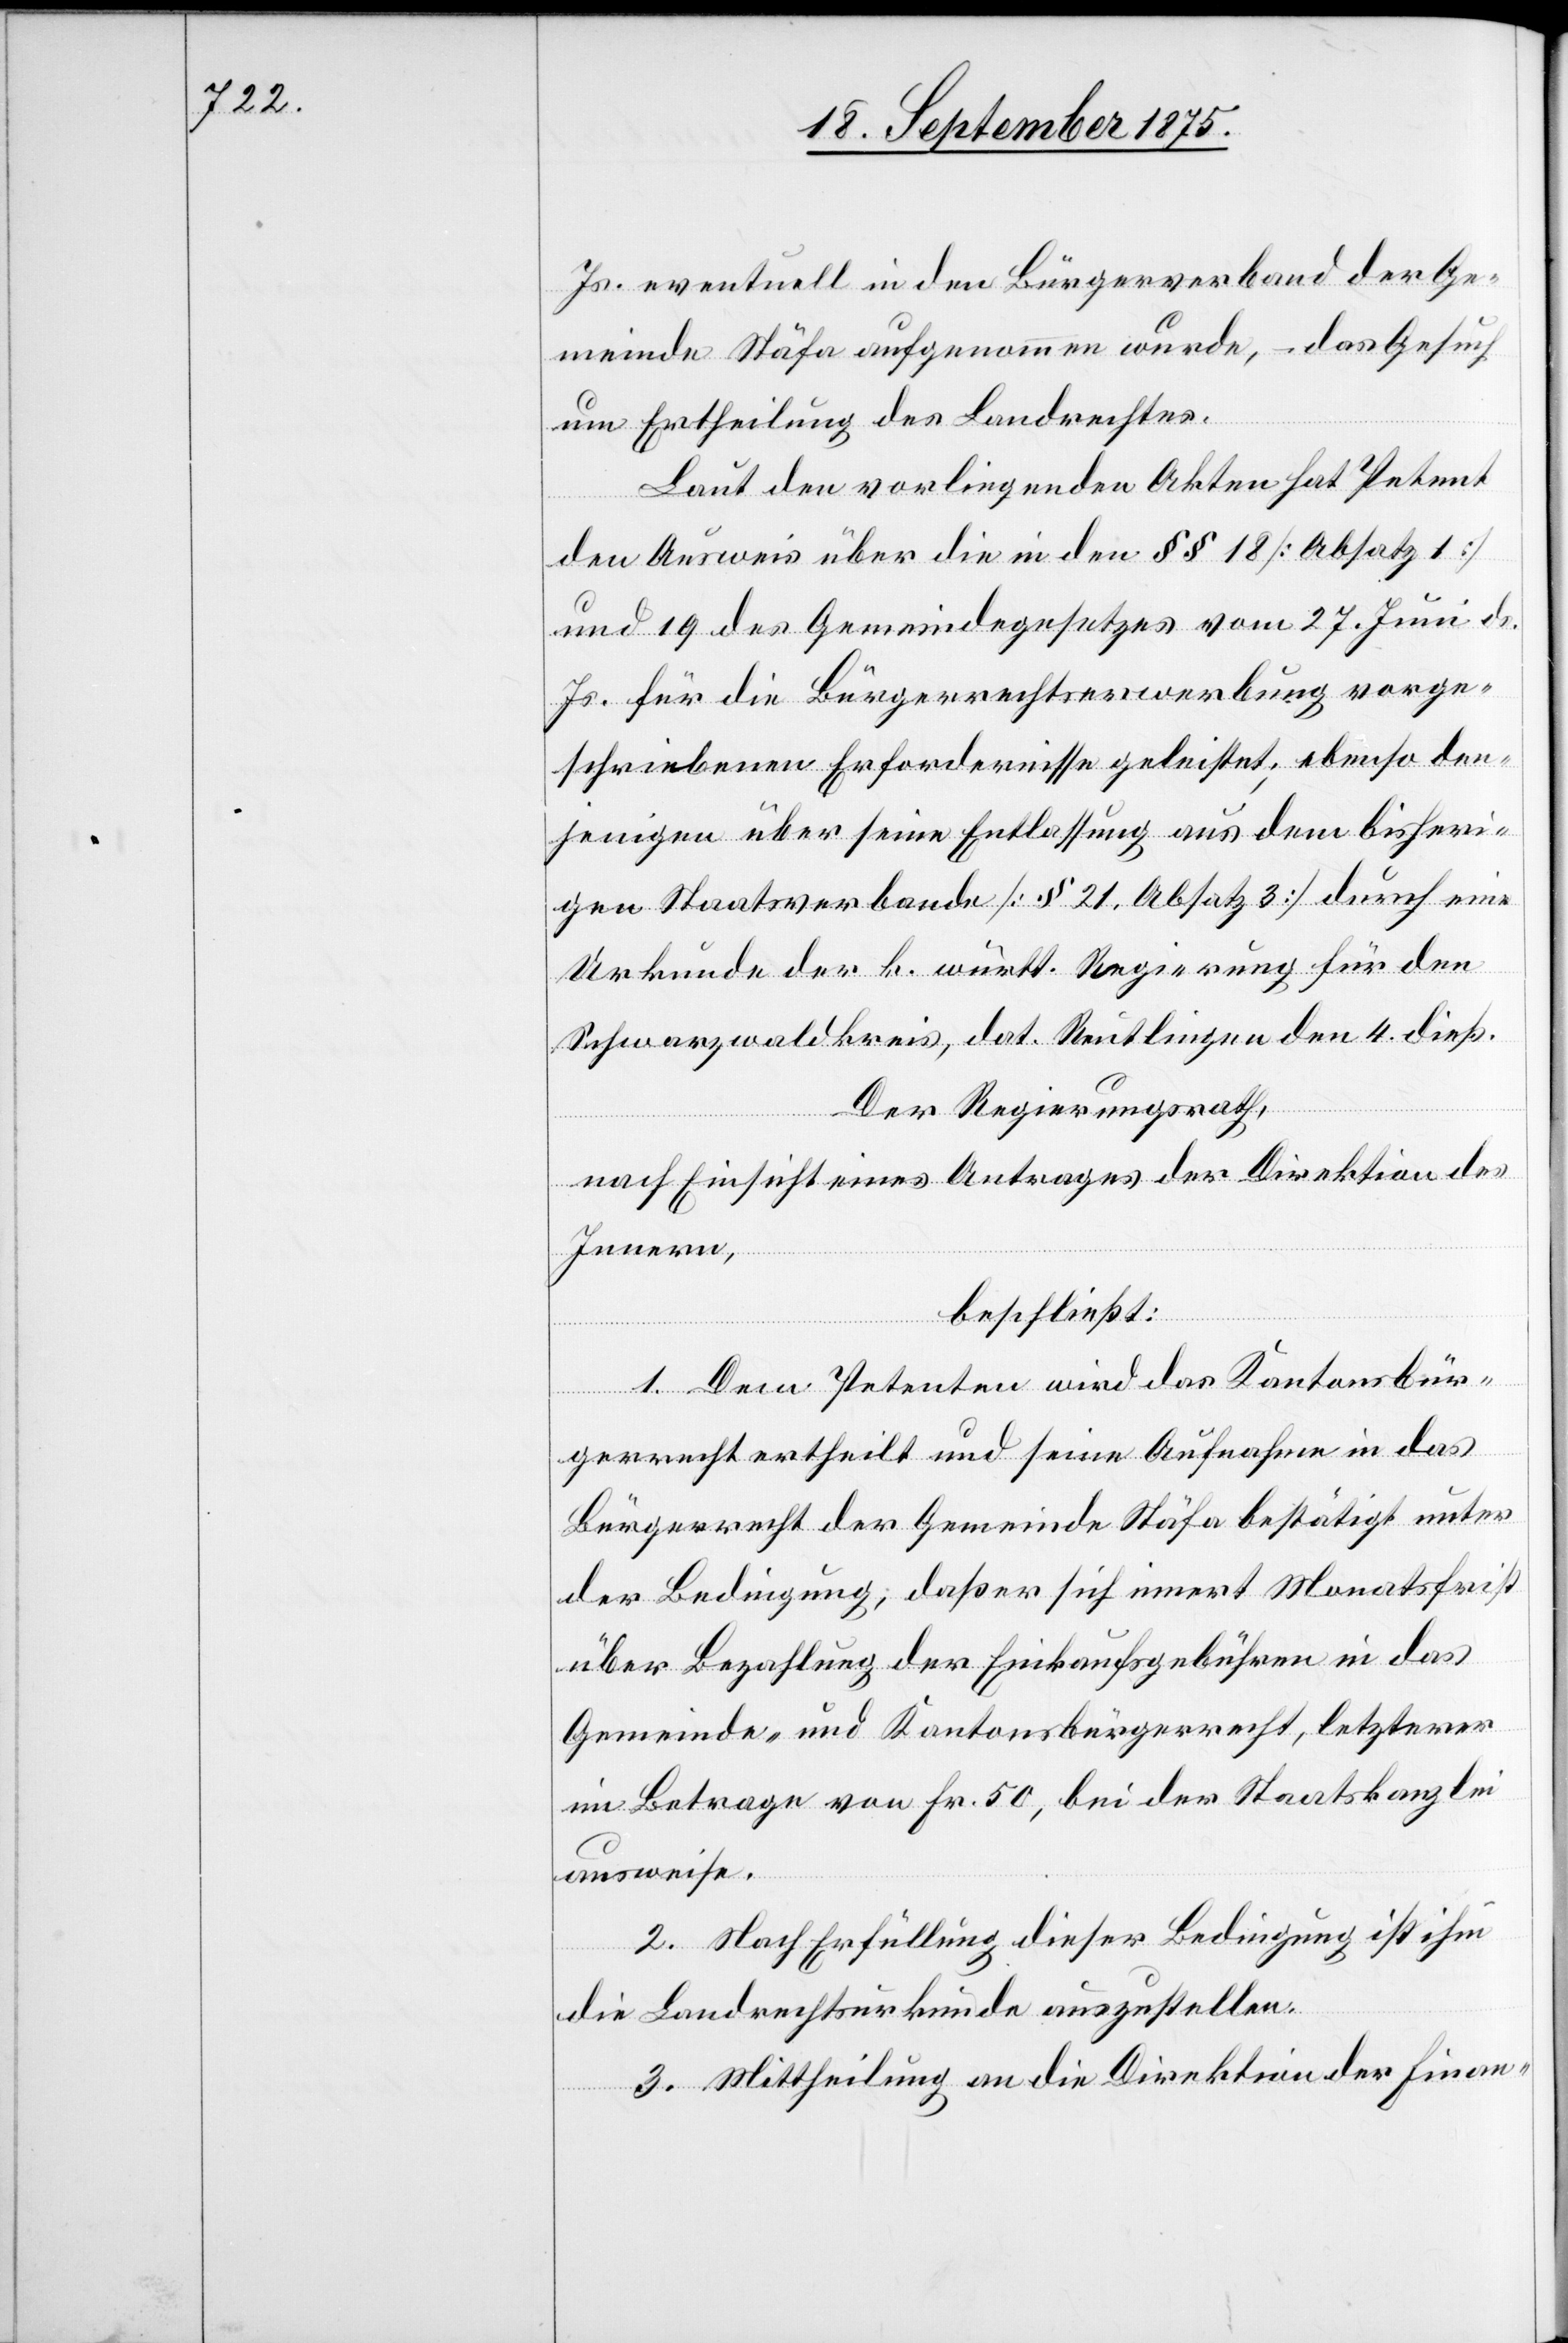
Js. eventuell in den Bürgerverband der Ge¬
meinde Stäfa aufgenommen wurde, – das Gesuch
um Ertheilung des Landrechtes.
Laut den vorliegenden Akten hat Petent
den Ausweis über die in den §§ 18 [Absatz 1]
und 19 des Gemeindegesetzes vom 27. Juni ds.
Js. für die Bürgerrechtserwerbung vorge¬
schriebenen Erfordernisse geleistet; ebenso den¬
jenigen über seine Entlassung aus dem bisheri¬
gen Staatsverbande [§ 21. Absatz 3] durch eine
Urkunde der k. württ. Regierung für den
Schwarzwaldkreis, dat. Reutlingen den 4. dieß.
Der Regierungsrath,
nach Einsicht eines Antrages der Direktion des
Innern,
beschließt:
1. Dem Petenten wird das Kantonsbür¬
gerrecht ertheilt und seine Aufnahme in das
Bürgerrecht der Gemeinde Stäfa bestätigt unter
der Bedingung, daß er sich innert Monatsfirst
über Bezahlung der Einkaufsgebühren in das
Gemeinde- und Kantonsbürgerrecht, letzterer
im Betrage von Fr. 50, bei der Staatskanzlei
ausweise.
2. Nach Erfüllung dieser Bedingung ist ihm
die Landrechtsurkunde auszustellen.
3. Mittheilung an die Direktion der Finan-